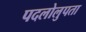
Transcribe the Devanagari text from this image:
पदलोलुपता